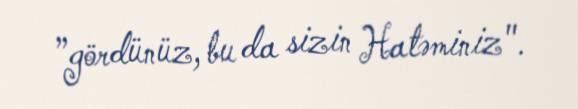
”gördünüz, bu da sizin Hatəminiz".